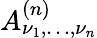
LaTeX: A_{\nu_{1},\dots,\nu_{n}}^{(n)}